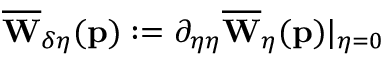
\overline { { \mathbf { W } } } _ { \delta \eta } ( \mathbf { p } ) : = \partial _ { \eta \eta } \overline { { \mathbf { W } } } _ { \eta } ( \mathbf { p } ) \vert _ { \eta = 0 }